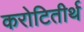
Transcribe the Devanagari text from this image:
करोटितीर्थ